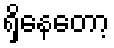
ရှိနေတော့